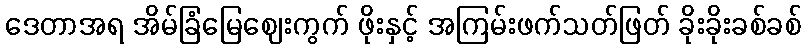
ဒေတာအရ အိမ်ခြံမြေဈေးကွက် ဖိုးနှင့် အကြမ်းဖက်သတ်ဖြတ် ခိုးခိုးခစ်ခစ်